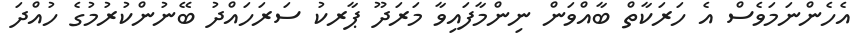
އެހެންނަމަވެސް އެ ހަަރަކާތް ބާއްވަން ނިންމާފައިވާ މަރަދޫ ޕާރކު ސަރަހައްދު ބޭނުންކުރުމުގެ ހުއްދަ